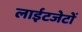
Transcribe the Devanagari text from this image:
लाईटजेटों